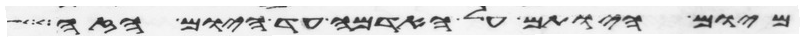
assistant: מיום היותם על האדמה עד היום הזה